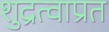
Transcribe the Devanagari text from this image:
शुद्रत्वाप्रत